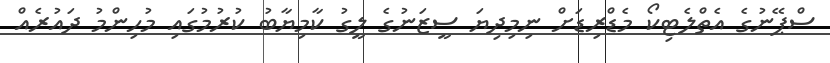
ސްޕޭނުގެ އެތްލެޓިކޯ މެޑްރިޑަށް ނިމިދިޔަ ސީޒަނުގެ ލީގު ކާމިޔާބު ކުރުމުގައި މުހިންމު ދައުރެއް